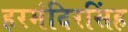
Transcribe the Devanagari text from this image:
हरमंदिरसिंह